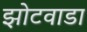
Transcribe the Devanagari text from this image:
झोटवाडा